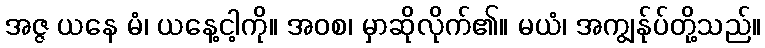
အဇ္ဇ ယနေ မံ၊ ယနေ့ငါ့ကို။ အဝစ၊ မှာဆိုလိုက်၏။ မယံ၊ အကျွန်ုပ်တို့သည်။